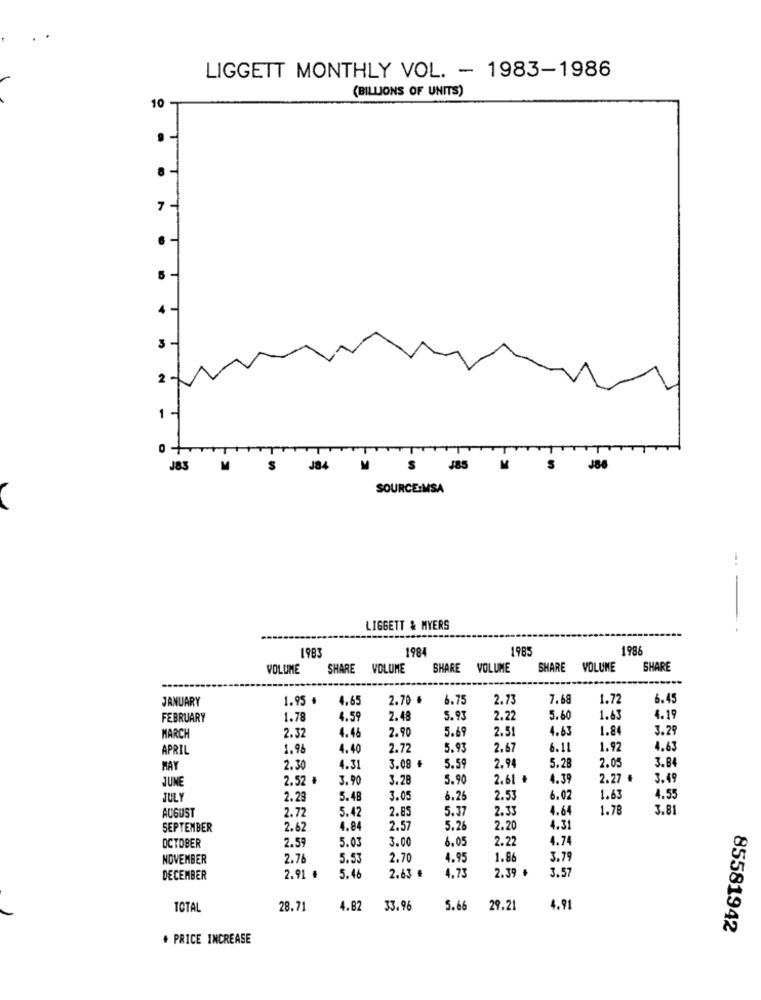
LIGGETT MONTHLY VOL. - 1983-1986
(BILLIONS OF UNITS)
10
...
7
2
1
J83
M
J84
J85
J86
SOURCE:MSA
--
LIGGETT & MYERS
1983
198
1985
1986
VOLUME
SHARE
VOLUME
SHARE
VOLUME
SHARE
VOLUME
SHARE
-------
JANUARY
1.95 #
4.65
2.70 ₺
6.75
2.73
7.68
1.72
6.45
FEBRUARY
1.78
4.59
2.48
5.93
2.22
5.60
1.63
4.19
4.46
2.90
5.69
2.51
4.63
1.8
3.2
MARCH
2.32
APRIL
1.96
4.40
2.72
5.93
2.67
6.1L
1.97
4.63
3.08 +
5.59
5.28
2.0
3.8
MAY
2.30
4.31
2.94
JUNE
2.52 #
3.90
3.28
5.90
2.61 #
4.39
2.27 #
3.49
JULY
2.23
5.48
3.0.
3.26
2.53
6.02
1.63
4.55
AUGUST
2.72
5.42
2.85
5.31
2.33
4.64
1.78
3.8
SEPTEMBER
2.62
4.84
2.57
5.2
2.20
4.31
OCTOBER
2.59
5.03
3.00
6.05
2.22
4.74
NOVEMBER
2.76
5.53
2.70
4.95
1.86
3.79
4.73
2.39 ₺
3.57
DECEMBER
2.91 #
5.46
2.63 €
TOTAL
28.71
4.82
33.96
5.66
29.21
4.91
85581942
+ PRICE INCREASE